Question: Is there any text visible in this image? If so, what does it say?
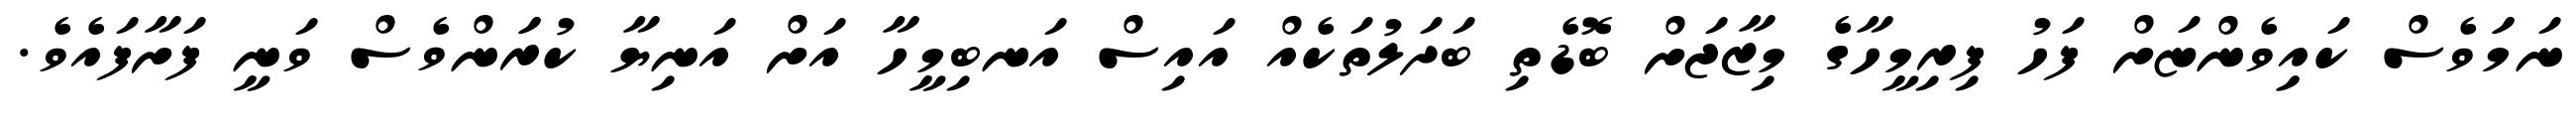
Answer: ނަމަަވެސް ކައިިވެންޏަށް ފަހު ފިރިމީހާގެ މިޒާޖަށް ބޮޑެތި ބަދަލުތަކެއް އައިސް އަނބިމީހާ އަށް އަނިޔާ ކުރަަންވެސް ވަނީ ފަށާފައެވެ.